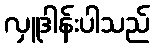
လှူဒါန်းပါသည်